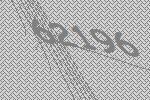
62196